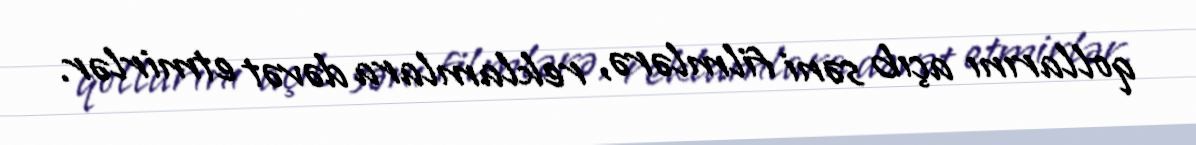
qollarını açıb səni filmlərə, reklamlara dəvət etmirlər.